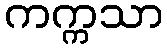
ကက္ကသာ